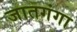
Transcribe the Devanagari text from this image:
जातगंगा